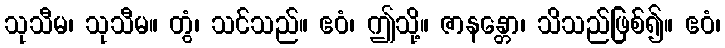
သုသီမ၊ သုသီမ။ တွံ၊ သင်သည်။ ဧဝံ၊ ဤသို့။ ဇာနန္တော၊ သိသည်ဖြစ်၍။ ဧဝံ၊